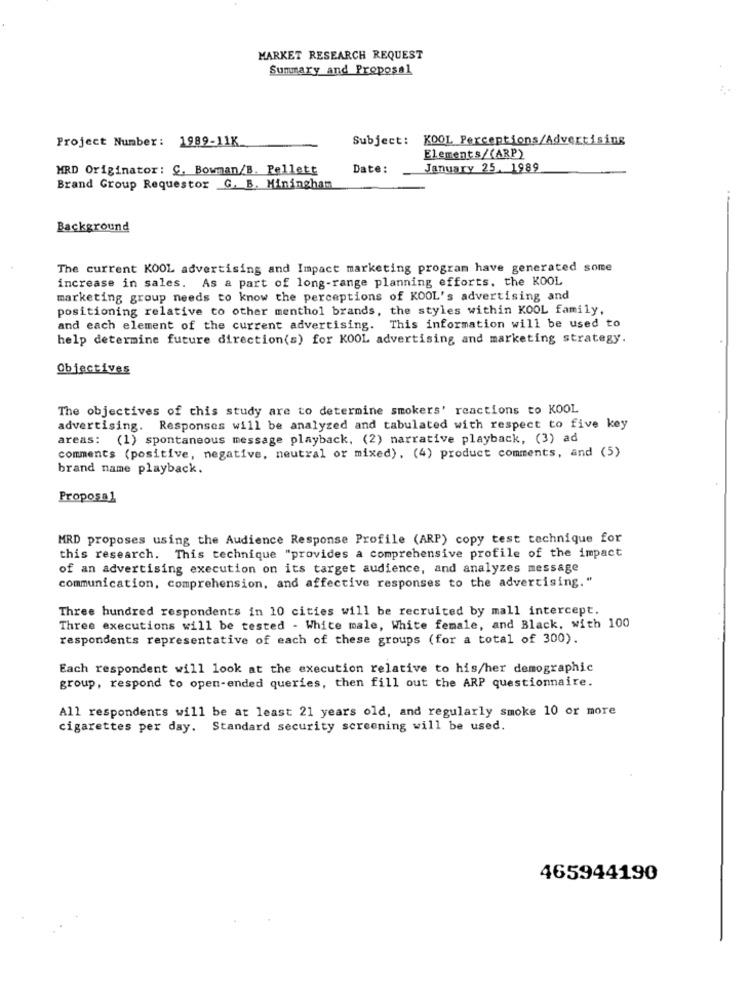
MARKET RESEARCH REQUEST
Summary and Proposal
Project Number : 1989-11K
Subject:
KOOL Perceptions/Advertising
Elements/(ARP)
MRD Originator: C. Bowman/B. Pellett
Date:
January 25. 1989
Brand Group Requestor G. B. Miningham
Background
The current KOOL advertising and Impact marketing program have generated some
increase in sales. As a part of long-range planning efforts. the KOOL
marketing group needs to know the perceptions of KOOL's advertising and
positioning relative to other menthol brands, the styles within KOOL family,
and each element of the current advertising. This information will be used to
help determine future direction(s) for KOOL advertising and marketing strategy.
Objectives
The objectives of this study are to determine smokers' reactions to KOOL
advertising. Responses will be analyzed and tabulated with respect to five key
areas: (1) spontaneous message playback, (2) narrative playback, (3) ad
comments (positive, negative, neutral or mixed), (4) product comments, and (5)
brand name playback.
Proposal
MRD proposes using the Audience Response Profile (ARP) copy test technique for
this research. This technique "provides a comprehensive profile of the impact
of an advertising execution on its target audience, and analyzes message
communication, comprehension, and affective responses to the advertising."
Three hundred respondents in 10 cities will be recruited by mall intercept.
Three executions will be tested - White male, White female, and Black, with 100
respondents representative of each of these groups (for a total of 300).
Each respondent will look at the execution relative to his/her demographic
group, respond to open-ended queries, then fill out the ARP questionnaire.
All respondents will be at least 21 years old, and regularly smoke 10 or more
cigarettes per day. Standard security screening will be used.
465944190